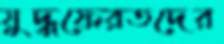
যুদ্ধফেরতদের